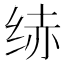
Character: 𱺝